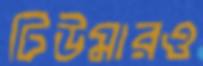
টিউমারও